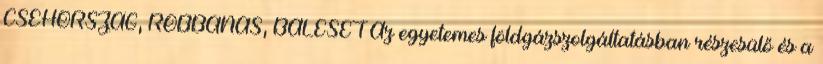
CSEHORSZÁG, ROBBANÁS, BALESET Az egyetemes földgázszolgáltatásban részesülő és a